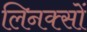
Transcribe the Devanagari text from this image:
लिनक्सों